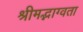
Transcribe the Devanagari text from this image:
श्रीमद्भाग्वता